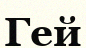
Гей